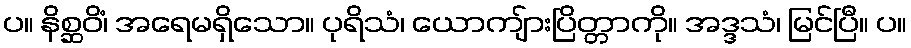
ပ။ နိစ္ဆဝိံ၊ အရေမရှိသော။ ပုရိသံ၊ ယောကျ်ားပြိတ္တာကို။ အဒ္ဒသံ၊ မြင်ပြီ။ ပ။